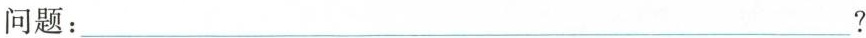
问题：___？